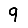
Digit: 9